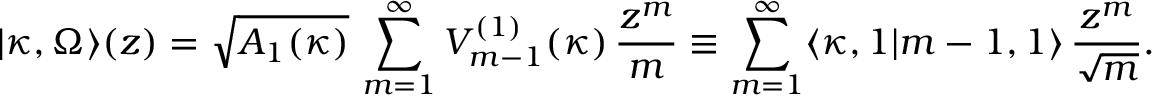
| \kappa , \Omega \rangle ( z ) = \sqrt { A _ { 1 } ( \kappa ) } \, \sum _ { m = 1 } ^ { \infty } V _ { m - 1 } ^ { ( 1 ) } ( \kappa ) \, \frac { z ^ { m } } { m } \equiv \sum _ { m = 1 } ^ { \infty } \langle \kappa , 1 | m - 1 , 1 \rangle \, \frac { z ^ { m } } { \sqrt { m } } .